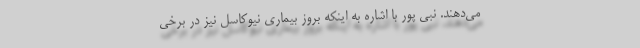
می‌دهند. نبی پور با اشاره به اینکه بروز بیماری نیوکاسل نیز در برخی